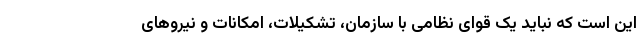
این است که نباید یک قوای نظامی با سازمان، تشکیلات، امکانات و نیرو‌های